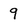
Character: 9